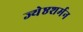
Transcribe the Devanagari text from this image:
ज्येष्ठशर्मन